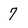
Character: 7